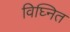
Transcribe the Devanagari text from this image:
विघ्नित